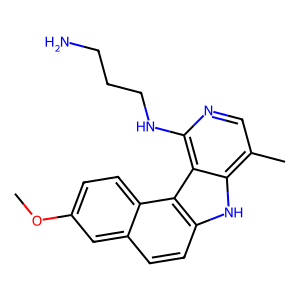
SMILES: COc1ccc2c(ccc3[nH]c4c(C)cnc(NCCCN)c4c32)c1
Inhibits HIV replication: No